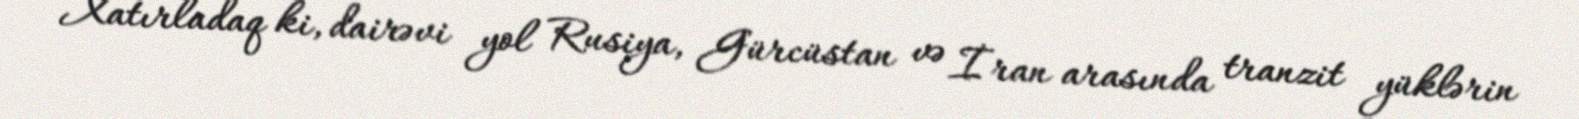
Xatırladaq ki, dairəvi yol Rusiya, Gürcüstan və İran arasında tranzit yüklərin